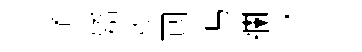
通嬌萝囘馮襴穹